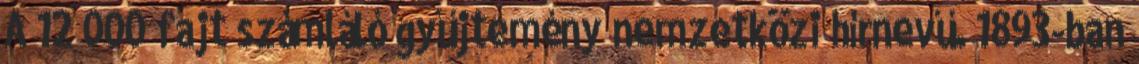
A 12 000 fajt számláló gyűjtemény nemzetközi hírnevű. 1893-ban